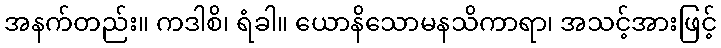
အနက်တည်း။ ကဒါစိ၊ ရံခါ။ ယောနိသောမနသိကာရာ၊ အသင့်အားဖြင့်